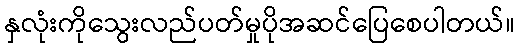
နှလုံးကိုသွေးလည်ပတ်မှုပိုအဆင်ပြေစေပါတယ်။